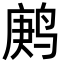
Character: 鹒